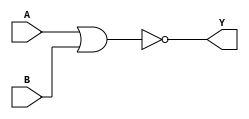
module sky130_fd_sc_hvl__nor2_2 (
    Y,
    A,
    B
);
    output Y;
    input  A;
    input  B;
    wire nor0_out_Y;
    nor nor0 (nor0_out_Y, A, B           );
    buf buf0 (Y         , nor0_out_Y     );
endmodule